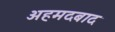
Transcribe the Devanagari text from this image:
अहमदबाद